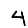
Digit: 4